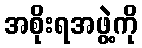
အစိုးရအဖွဲ့ကို